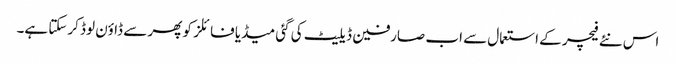
اس نئے فیچر کے استعمال سے اب صارفین ڈیلیٹ کی گئی میڈیا فائلز کو پھر سے ڈاؤن لوڈ کرسکتا ہے۔